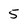
Character: 5